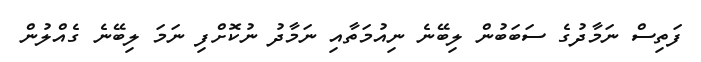
ފަތިސް ނަމާދުގެ ސަބަބުން ލިބޭނެ ނިއުމަތާއި ނަމާދު ނުކޮށްފި ނަމަ ލިބޭނެ ގެއްލުން